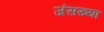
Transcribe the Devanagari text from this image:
जंसख्या